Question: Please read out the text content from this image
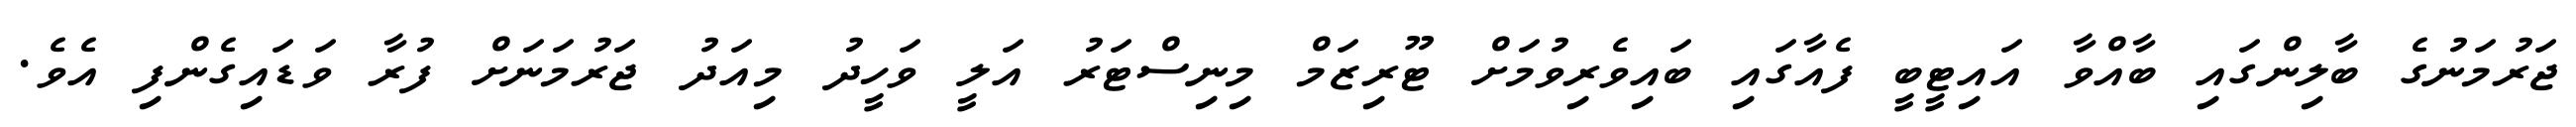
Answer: ޖަރުމަނުގެ ބާލިންގައި ބާއްވާ އައިޓީބީ ފެއާގައި ބައިވެރިވުމަށް ޓޫރިޒަމް މިނިސްޓަރު އަލީ ވަހީދު މިއަދު ޖަރުމަނަށް ފުރާ ވަޑައިގެންފި އެވެ.